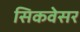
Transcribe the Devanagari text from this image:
सिकवेसर